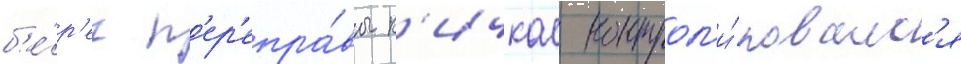
б'е́р'ег п'ер'епра́вы к'ичкас контрол'и́ровалс'я